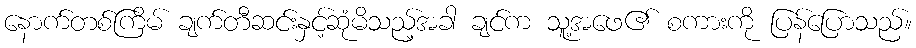
နောက်တစ်ကြိမ် ချက်တီဆင်းနှင့်ဆုံမိသည့်အခါ ချင်က သူ့အဖေ၏ စကားကို ပြန်ပြောသည်။